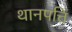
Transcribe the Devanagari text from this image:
थानपत्ति